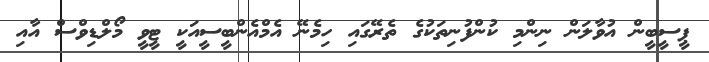
ޕީސީބީން އުވާލަން ނިންމި ކުންފުނިތަކުގެ ތެރޭގައި ހިމެނޭ އެމްއެންބީސީއަކީ ޓީވީ މޯލްޑިވްސް އާއި